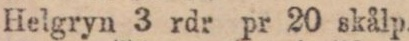
Helgryn 3 rdr pr 20 skålp.